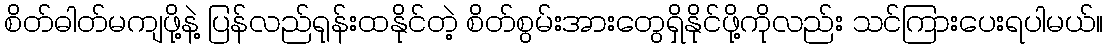
စိတ်ဓါတ်မကျဖို့နဲ့ ပြန်လည်ရုန်းထနိုင်တဲ့ စိတ်စွမ်းအားတွေရှိနိုင်ဖို့ကိုလည်း သင်ကြားပေးရပါမယ်။